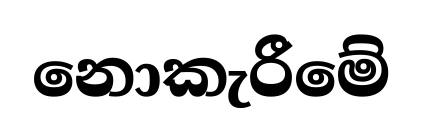
නොකැරීමේ